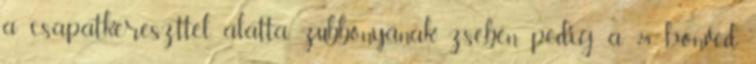
a csapatkereszttel, alatta, zubbonyának zsebén pedig a 24. honvéd